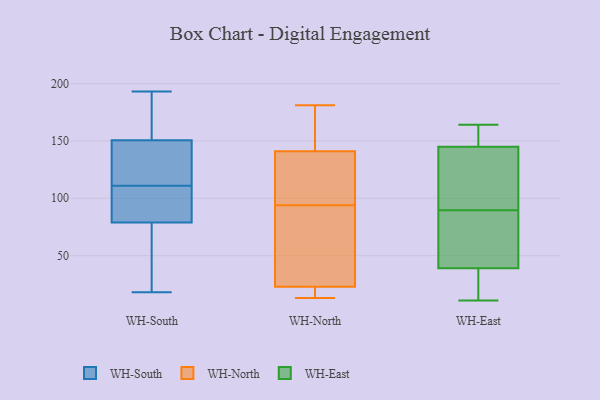
{"axis": {"x": "Tickets Resolved", "y": "Value"}, "legend": ["WH-East", "WH-North", "WH-South"], "data": [{"x": "", "y": 152, "type": "WH-South"}, {"x": "", "y": 81, "type": "WH-South"}, {"x": "", "y": 152, "type": "WH-South"}, {"x": "", "y": 73, "type": "WH-South"}, {"x": "", "y": 111, "type": "WH-South"}, {"x": "", "y": 155, "type": "WH-South"}, {"x": "", "y": 87, "type": "WH-South"}, {"x": "", "y": 18, "type": "WH-South"}, {"x": "", "y": 89, "type": "WH-South"}, {"x": "", "y": 193, "type": "WH-South"}, {"x": "", "y": 134, "type": "WH-South"}, {"x": "", "y": 138, "type": "WH-South"}, {"x": "", "y": 107, "type": "WH-South"}, {"x": "", "y": 53, "type": "WH-South"}, {"x": "", "y": 150, "type": "WH-South"}, {"x": "", "y": 144, "type": "WH-South"}, {"x": "", "y": 32, "type": "WH-South"}, {"x": "", "y": 86, "type": "WH-North"}, {"x": "", "y": 23, "type": "WH-North"}, {"x": "", "y": 15, "type": "WH-North"}, {"x": "", "y": 24, "type": "WH-North"}, {"x": "", "y": 66, "type": "WH-North"}, {"x": "", "y": 30, "type": "WH-North"}, {"x": "", "y": 16, "type": "WH-North"}, {"x": "", "y": 181, "type": "WH-North"}, {"x": "", "y": 123, "type": "WH-North"}, {"x": "", "y": 107, "type": "WH-North"}, {"x": "", "y": 17, "type": "WH-North"}, {"x": "", "y": 102, "type": "WH-North"}, {"x": "", "y": 13, "type": "WH-North"}, {"x": "", "y": 164, "type": "WH-North"}, {"x": "", "y": 106, "type": "WH-North"}, {"x": "", "y": 141, "type": "WH-North"}, {"x": "", "y": 177, "type": "WH-North"}, {"x": "", "y": 173, "type": "WH-North"}, {"x": "", "y": 119, "type": "WH-East"}, {"x": "", "y": 39, "type": "WH-East"}, {"x": "", "y": 151, "type": "WH-East"}, {"x": "", "y": 106, "type": "WH-East"}, {"x": "", "y": 164, "type": "WH-East"}, {"x": "", "y": 74, "type": "WH-East"}, {"x": "", "y": 22, "type": "WH-East"}, {"x": "", "y": 105, "type": "WH-East"}, {"x": "", "y": 145, "type": "WH-East"}, {"x": "", "y": 63, "type": "WH-East"}, {"x": "", "y": 55, "type": "WH-East"}, {"x": "", "y": 11, "type": "WH-East"}, {"x": "", "y": 34, "type": "WH-East"}, {"x": "", "y": 162, "type": "WH-East"}]}